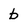
Character: b